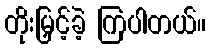
တိုးမြှင့်ခဲ့ ကြပါတယ်။